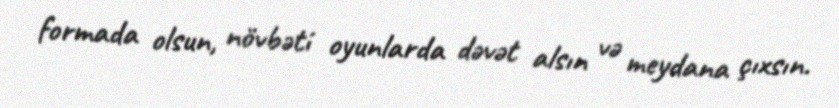
formada olsun, növbəti oyunlarda dəvət alsın və meydana çıxsın.